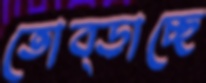
তোব্‌ড়াচ্ছে